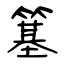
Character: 簊